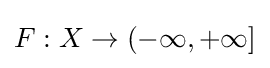
F:X\to (-\infty ,+\infty ]